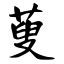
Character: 萸